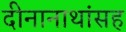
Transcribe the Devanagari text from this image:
दीनानाथांसह